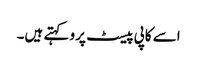
اسے کاپی پیسٹ پرو کہتے ہیں۔